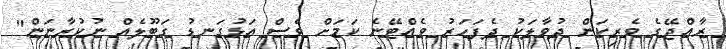
ރާއްޖޭގެ ވެރިކަން ދުވާލަކު ދެފަހަރު ވެއްޓޭނެ ކަމަށް ވެސް އަޅުގަނޑު ގަބޫލެއް ނުކުރާނަން"